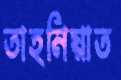
তাহনিয়াত